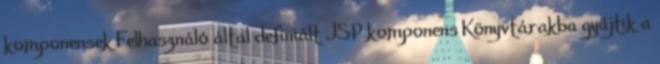
komponensek Felhasználó által definiált JSP komponens Könyvtárakba gyűjtik a